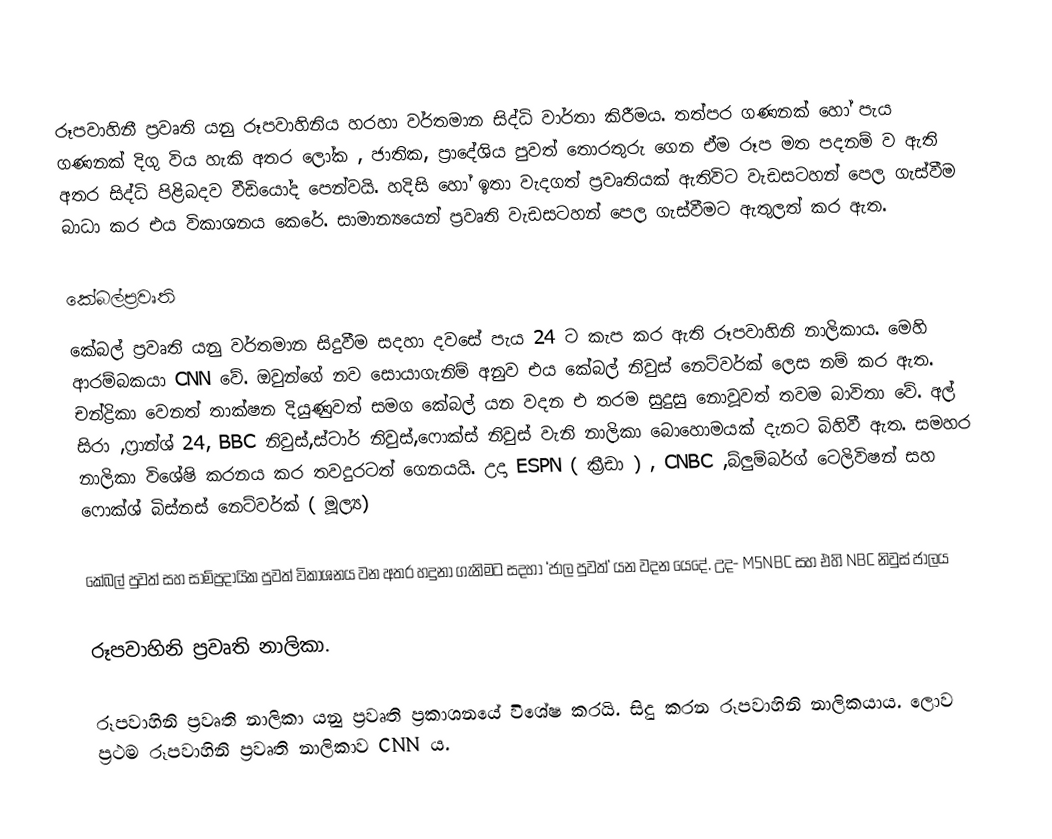
රූපවාහිනී ප්‍රවෘති යනු රූපවාහිනිය හරහා වර්තමාන සිද්ධි වාර්තා කිරීමය. තත්පර ගණනක් හෝ පැය ගණනක් දිගු විය හැකි අතර ලෝක , ජාතික, ප්‍රාදේශිය පුවත් තොරතුරු ගෙන ඒම රූප මත පදනම් ව ඇති  අතර සිද්ධි පිළිබදව වීඩියෝද පෙන්වයි.  හදිසි හෝ ඉතා වැදගත් ප්‍රවෘතියක් ඇතිවිට වැඩසටහන් පෙල ගැස්වීම බාධා කර එය විකාශනය කෙරේ. සාමාන්‍යයෙන් ප්‍රවෘති වැඩසටහන් පෙල ගැස්වීමට ඇතුලත් කර ඇත.

කේබල්ප්‍රවෘති
කේබල් ප්‍රවෘති යනු වර්තමාන සිදුවීම සදහා දවසේ පැය 24 ට කැප කර ඇති රූපවාහිනි නාලිකාය. මෙහි ආරම්බකයා CNN වේ. ඔවුන්ගේ නව සොයාගැනිම් අනුව එය කේබල් නිවුස්  නෙට්වර්ක් ලෙස නම් කර ඇත. චන්ද්‍රිකා වෙනත් තාක්ෂන දියුණුවත් සමග කේබල් යන වදන එ තරම සුදුසු නොවූවත්  තවම බාවිතා වේ. අල් සිරා ,ෆ්‍රාන්ශ් 24, BBC නිවුස්,ස්ටාර් නිවුස්,ෆොක්ස් නිවුස් වැනි නාලිකා බොහොමයක් දැනට බිහිවී ඇත. සමහර නාලිකා විශේෂි කරනය කර තවදුරටත් ගෙනයයි. උදා ESPN ( ක්‍රීඩා ) , CNBC ,බ්ලුම්බර්ග් ටෙලිවිෂන් සහ ෆොක්ශ් බිස්නස් නෙට්වර්ක් ( මූල්‍ය‍)

කේබල් පුවත් සහ සාම්ප්‍රදායික පුවත් විකාශනය වන අතර හදුනා ගැනිමට සදහා ‘ජාල පුවත්’ යන වදන යෙදේ. උද- M5NBC  සහ එහි NBC නිවුස් ජාලය

රූපවාහිනි ප්‍රවෘති නාලිකා.

රූපවාහිනි ප්‍රවෘති නාලිකා යනු ප්‍රවෘති ප්‍රකාශනයේ විශේෂ කරයි. සිදු කරන රූපවාහිනි නාලිකයාය. ලොව ප්‍රථම රූපවාහිනි ප්‍රවෘති නාලිකාව CNN ය.